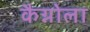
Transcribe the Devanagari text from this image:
कैग्नोला